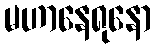
မဟာနေရုနော